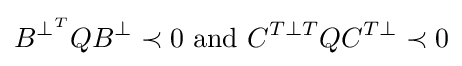
B^{\perp ^{T}}QB^{\perp }\prec 0{\text{ and }}C^{T\perp T}QC^{T\perp }\prec 0